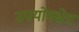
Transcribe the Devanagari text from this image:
उपयोगक्षेत्र